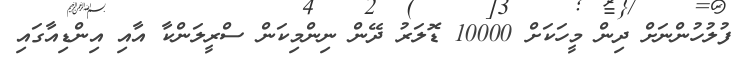
ފުލުހުންނަށް ދިން މީހަކަށް 10000 ޑޮލަރު ދޭން ނިންމިކަން ސްރީލަންކާ އާއި އިންޑިއާގައި